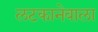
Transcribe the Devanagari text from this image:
लटकानेवाला